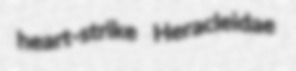
heart-strike Heracleidae